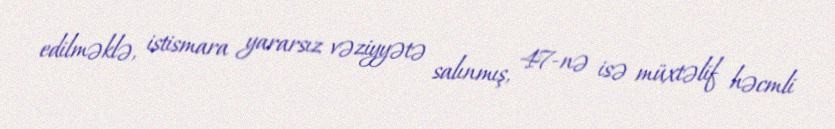
edilməklə, istismara yararsız vəziyyətə salınmış, 47-nə isə müxtəlif həcmli